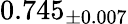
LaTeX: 0.745_{\pm 0.007}